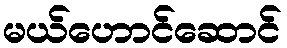
မယ်ဟောင်ဆောင်